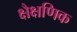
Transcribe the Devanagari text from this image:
क्षैक्षणिक